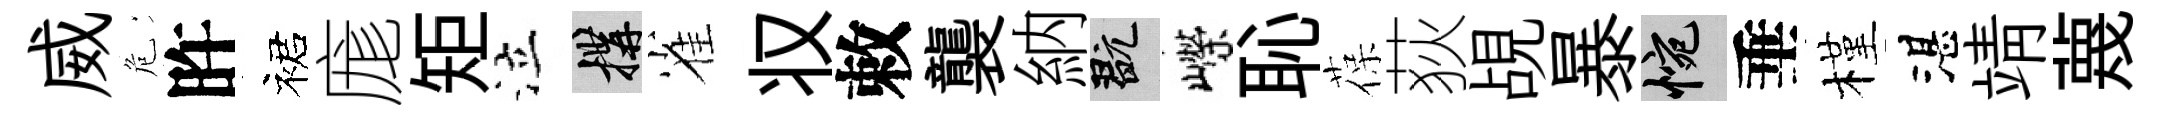
威危旿裙庬矩泣構雀𠬧敕襲納玩嶸恥葆荻覘暴惋垂槿湛靖蔑